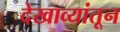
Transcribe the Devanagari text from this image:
देखाव्यांतून